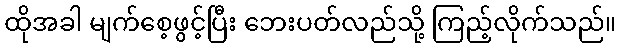
ထိုအခါ မျက်စေ့ဖွင့်ပြီး ဘေးပတ်လည်သို့ ကြည့်လိုက်သည်။